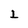
Character: 1